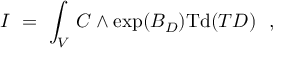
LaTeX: I \ = \ \int _ { V } \, C \wedge \exp ( B _ { D } ) \mathrm { T d } ( T D ) \ \ ,